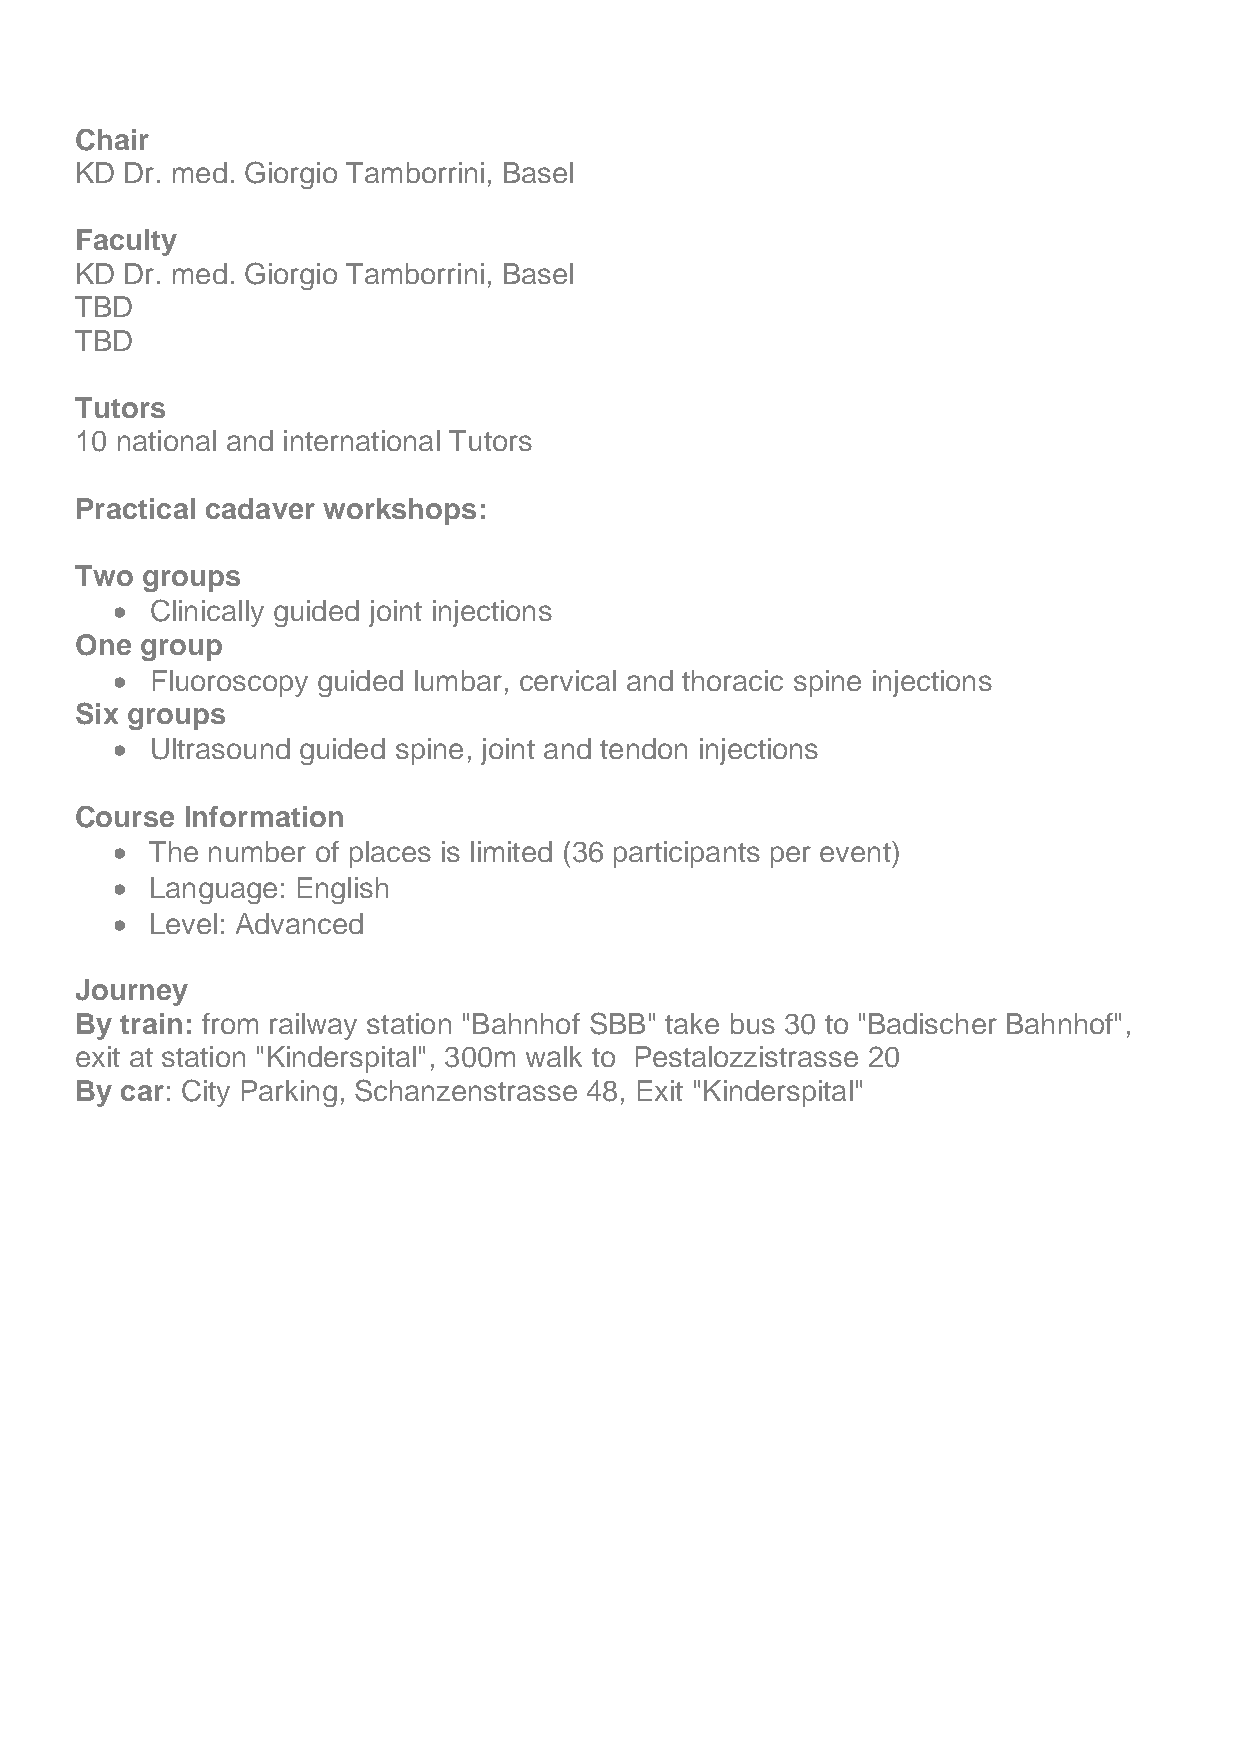
Chair
 KD Dr. med. Giorgio Tamborrini, Basel
 Faculty
 KD Dr. med. Giorgio Tamborrini, Basel
 TBD
 TBD
 Tutors
 10 national and international Tutors
 Practical cadaver workshops:
 Two groups
 •  Clinically guided joint injections
 One group
 •  Fluoroscopy guided lumbar, cervical and thoracic spine injections
 Six groups
 •  Ultrasound guided spine, joint and tendon injections
 Course Information
 •  The number of places is limited (36 participants per event)
 •  Language: English
 •  Level: Advanced
 Journey
 By train: from railway station "Bahnhof SBB" take bus 30 to "Badischer Bahnhof",
 exit at station "Kinderspital", 300m walk to Pestalozzistrasse 20
 By car: City Parking, Schanzenstrasse 48, Exit "Kinderspital"